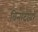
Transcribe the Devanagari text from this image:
विनोदांवर